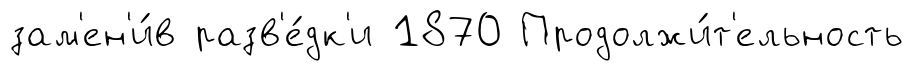
зам'ен'и́в разв'е́дк'и 1870 Продолжи́т'ельность